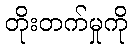
တိုးတက်မှုကို